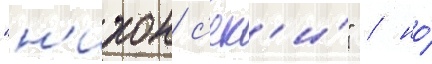
"н'ихон с'ек'и́" / но́